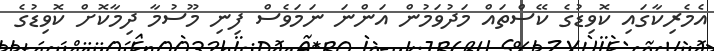
އެމެރިކާގައި ކޮވިޑުގެ ކޭސްތައް މަދުވަމުން އަންނަ ނަމަވެސް ފިނި މޫސުމާ ދިމާކޮށް ކޮވިޑުގެ